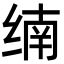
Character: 䌾